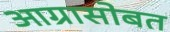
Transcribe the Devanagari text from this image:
आग्रासोबत